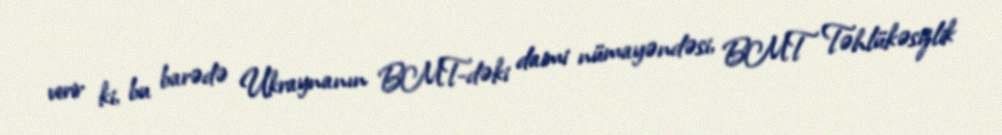
verir ki, bu barədə Ukraynanın BMT-dəki daimi nümayəndəsi, BMT Təhlükəsizlik